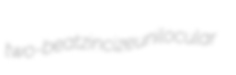
two-beat zincize unilocular